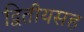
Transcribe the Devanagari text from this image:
द्वितीयसह